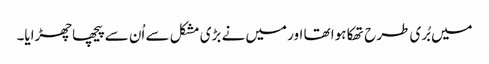
میں بُری طرح تھکا ہوا تھا اور میں نے بڑی مشکل سے اُن سے پیچھا چھڑایا۔